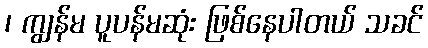
၊ ကျွန်မ ပူပန်မဆုံး ဖြစ်နေပါတယ် သခင်